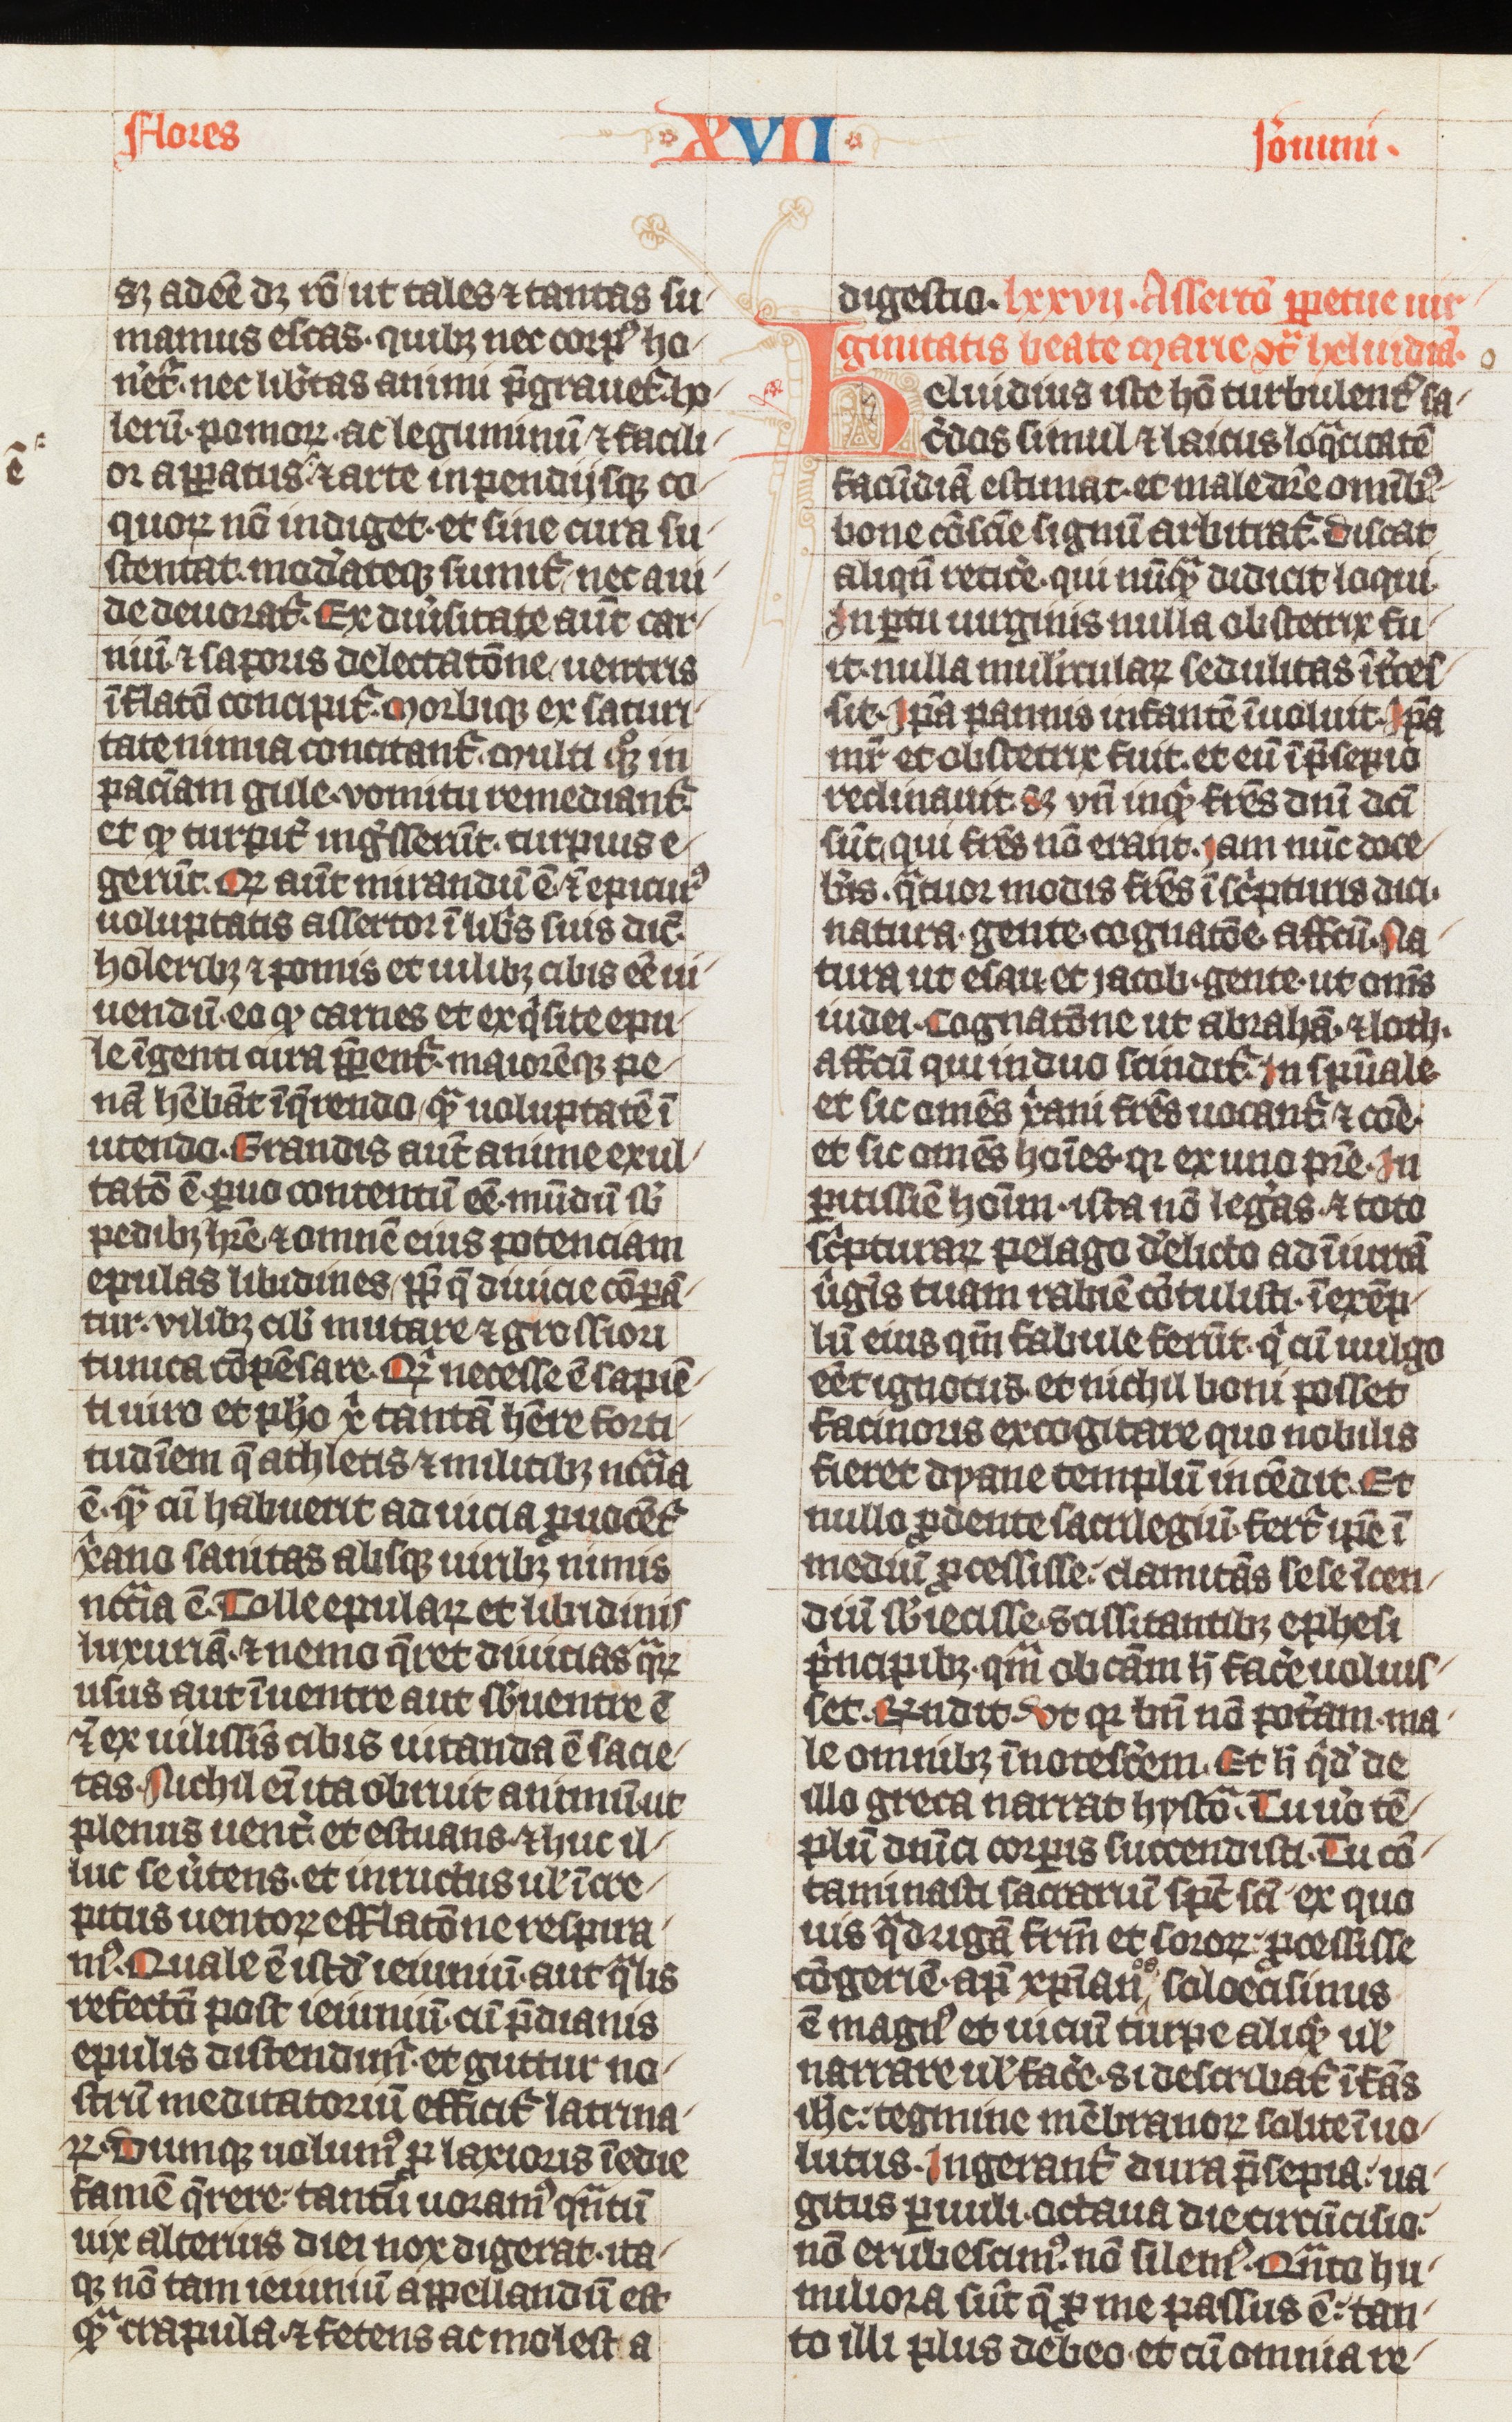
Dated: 1338–1340